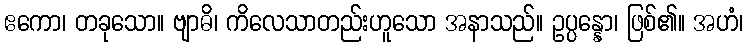
ဧကော၊ တခုသော။ ဗျာဓိ၊ ကိလေသာတည်းဟူသော အနာသည်။ ဥပ္ပန္နော၊ ဖြစ်၏။ အဟံ၊